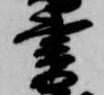
書